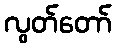
လွတ်တော်